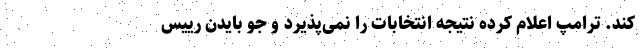
کند. ترامپ اعلام کرده نتیجه انتخابات را نمی‌پذیرد و جو بایدن رییس